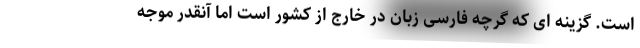
است. گزینه ای که گرچه فارسی زبان در خارج از کشور است اما آنقدر موجه